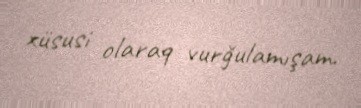
xüsusi olaraq vurğulamışam.